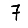
Digit: 7